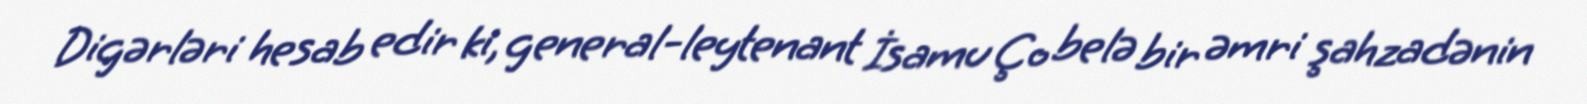
Digərləri hesab edir ki, general-leytenant İsamu Ço belə bir əmri şahzadənin